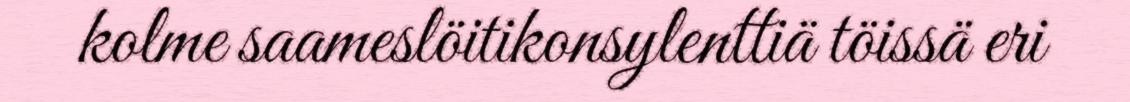
kolme saameslöitikonsylenttiä töissä eri